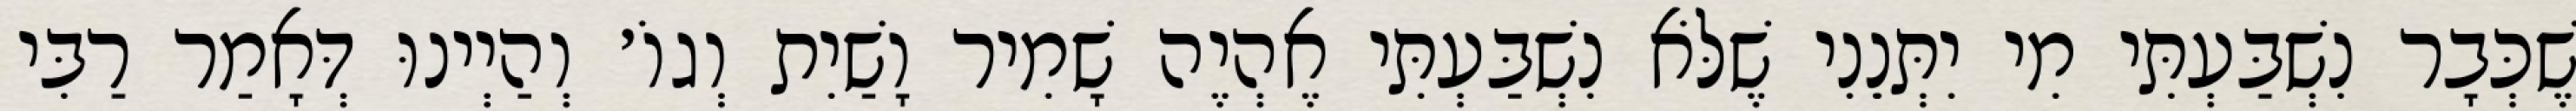
שֶׁכְּבָר נִשְׁבַּעְתִּי מִי יִתְּנֵנִי שֶׁלֹּא נִשְׁבַּעְתִּי אֶהְיֶה שָׁמִיר וָשַׁיִת וְגוֹ׳ וְהַיְינוּ דְּאָמַר רַבִּי